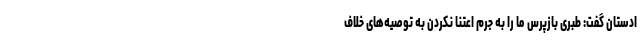
ادستان گفت: طبری بازپرس ما را به جرم اعتنا نکردن به توصیه‌های خلاف